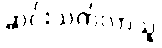
ဆင်းသက်လာသူ